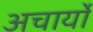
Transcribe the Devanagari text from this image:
अचार्यो